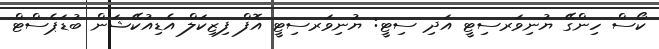
ކޯސް ހިންގޭ ޔުނިވަރސިޓީ އަދި ސިޓީ: ޔުނިވަރސިޓީ އޮފް ފިޒިކަލް އެޑިއުކޭޝަން ބުޑަޕެސްޓް